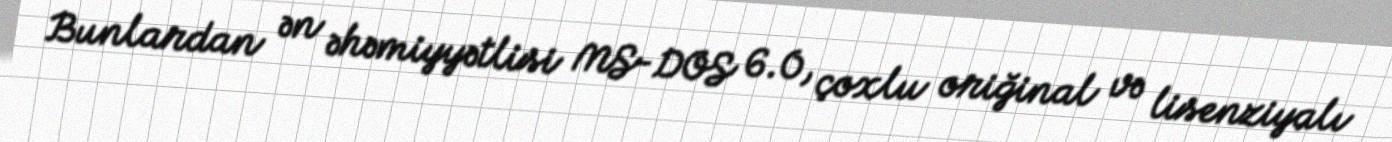
Bunlardan ən əhəmiyyətlisi MS-DOS 6.0, çoxlu oriğinal və lisenziyalı